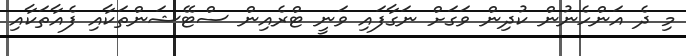
މި ދެ އަންހެނުން ކުދިން ވަގަށް ނަގާފައި ވަނީ ޓްރެއިން ސްޓޭޝަންތަކާއި ފެއާތަކާއި